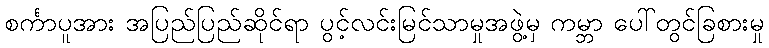
စင်္ကာပူအား အပြည်ပြည်ဆိုင်ရာ ပွင့်လင်းမြင်သာမှုအဖွဲ့မှ ကမ္ဘာ ပေါ်တွင်ခြစားမှု